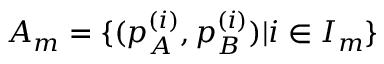
A _ { m } = \{ ( p _ { A } ^ { ( i ) } , p _ { B } ^ { ( i ) } ) | i \in I _ { m } \}